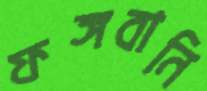
ফঙ্গবানি